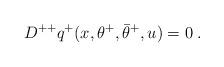
LaTeX: \begin{align*} D^{++} q^+(x,\theta^+,\bar\theta^+,u) = 0\;.\end{align*}